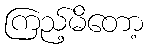
ကြည့်မိတော့